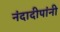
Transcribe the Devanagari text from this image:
नंदादीपांनी